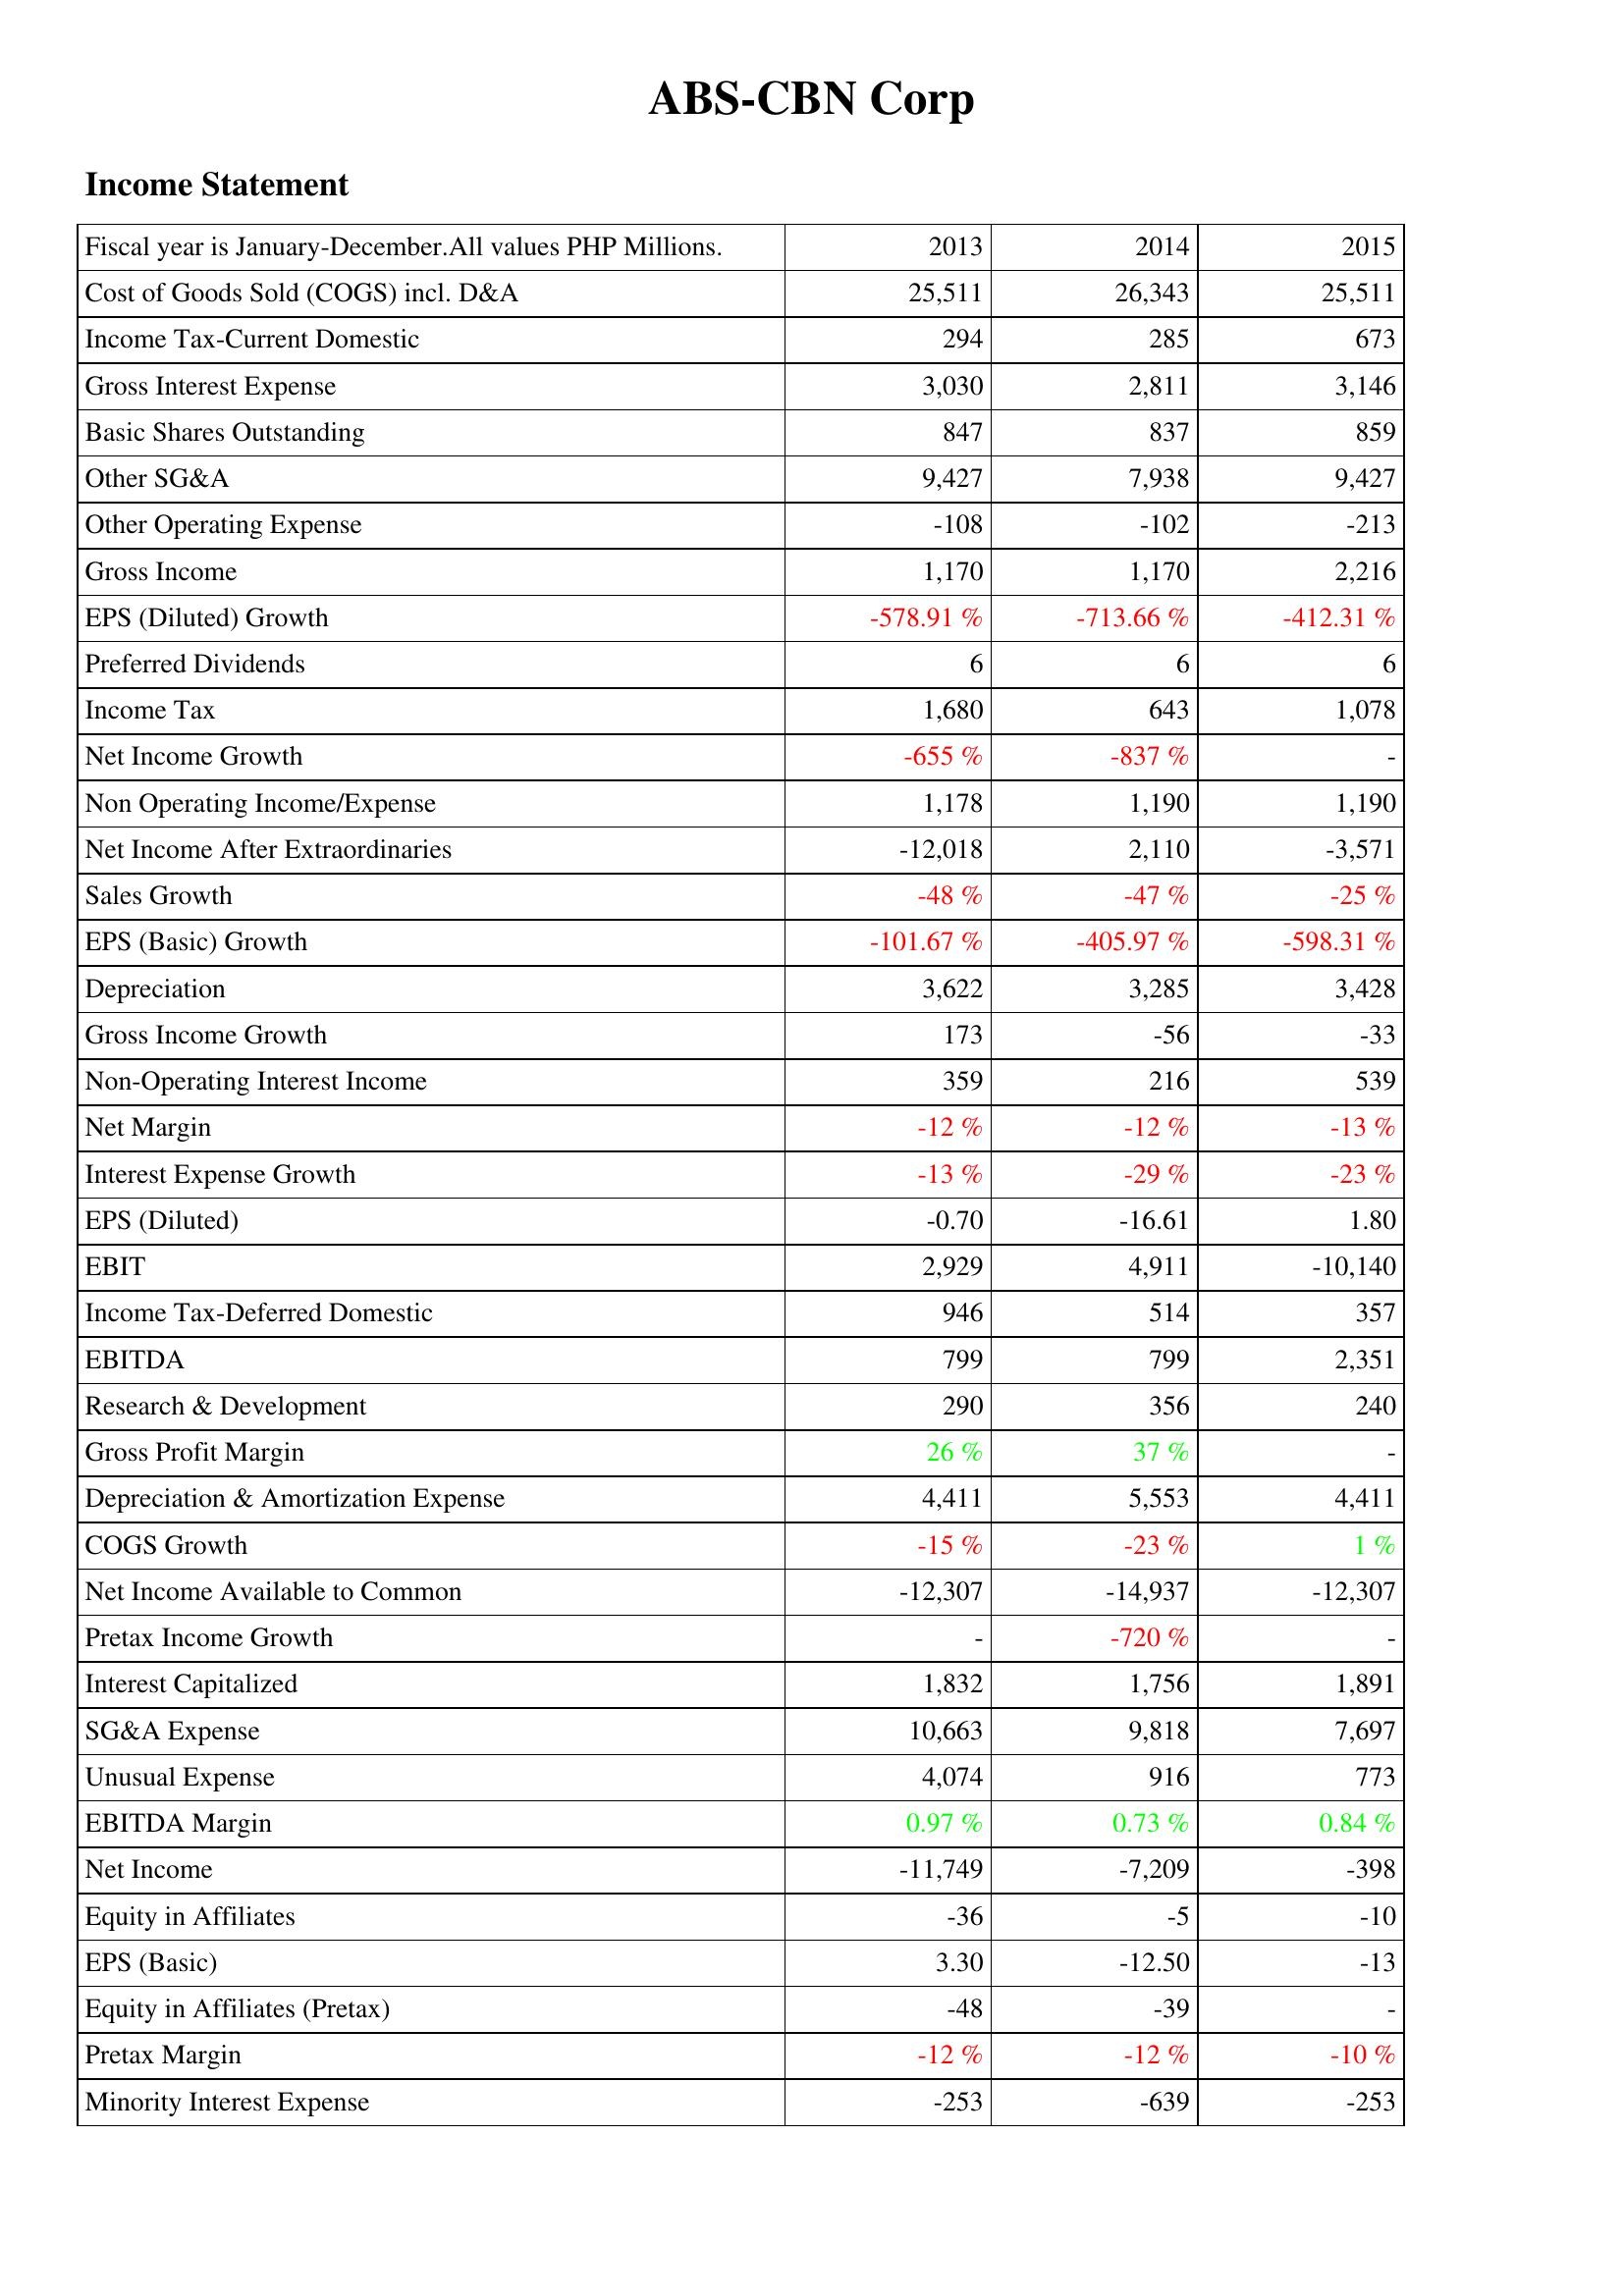
2013: Income Statement: Cost of Goods Sold (COGS) incl. D&A: 25,511
Income Tax-Current Domestic: 294
Gross Interest Expense: 3,030
Basic Shares Outstanding: 847
Other SG&A: 9,427
Other Operating Expense: -108
Gross Income: 1,170
EPS (Diluted) Growth: -578.91 %
Preferred Dividends: 6
Income Tax: 1,680
Net Income Growth: -655 %
Non Operating Income/Expense: 1,178
Net Income After Extraordinaries: -12,018
Sales Growth: -48 %
EPS (Basic) Growth: -101.67 %
Depreciation: 3,622
Gross Income Growth: 173
Non-Operating Interest Income: 359
Net Margin: -12 %
Interest Expense Growth: -13 %
EPS (Diluted): -0.70
EBIT: 2,929
Income Tax-Deferred Domestic: 946
EBITDA: 799
Research & Development: 290
Gross Profit Margin: 26 %
Depreciation & Amortization Expense: 4,411
COGS Growth: -15 %
Net Income Available to Common: -12,307
Pretax Income Growth: -
Interest Capitalized: 1,832
SG&A Expense: 10,663
Unusual Expense: 4,074
EBITDA Margin: 0.97 %
Net Income: -11,749
Equity in Affiliates: -36
EPS (Basic): 3.30
Equity in Affiliates (Pretax): -48
Pretax Margin: -12 %
Minority Interest Expense: -253
2014: Income Statement: Cost of Goods Sold (COGS) incl. D&A: 26,343
Income Tax-Current Domestic: 285
Gross Interest Expense: 2,811
Basic Shares Outstanding: 837
Other SG&A: 7,938
Other Operating Expense: -102
Gross Income: 1,170
EPS (Diluted) Growth: -713.66 %
Preferred Dividends: 6
Income Tax: 643
Net Income Growth: -837 %
Non Operating Income/Expense: 1,190
Net Income After Extraordinaries: 2,110
Sales Growth: -47 %
EPS (Basic) Growth: -405.97 %
Depreciation: 3,285
Gross Income Growth: -56
Non-Operating Interest Income: 216
Net Margin: -12 %
Interest Expense Growth: -29 %
EPS (Diluted): -16.61
EBIT: 4,911
Income Tax-Deferred Domestic: 514
EBITDA: 799
Research & Development: 356
Gross Profit Margin: 37 %
Depreciation & Amortization Expense: 5,553
COGS Growth: -23 %
Net Income Available to Common: -14,937
Pretax Income Growth: -720 %
Interest Capitalized: 1,756
SG&A Expense: 9,818
Unusual Expense: 916
EBITDA Margin: 0.73 %
Net Income: -7,209
Equity in Affiliates: -5
EPS (Basic): -12.50
Equity in Affiliates (Pretax): -39
Pretax Margin: -12 %
Minority Interest Expense: -639
2015: Income Statement: Cost of Goods Sold (COGS) incl. D&A: 25,511
Income Tax-Current Domestic: 673
Gross Interest Expense: 3,146
Basic Shares Outstanding: 859
Other SG&A: 9,427
Other Operating Expense: -213
Gross Income: 2,216
EPS (Diluted) Growth: -412.31 %
Preferred Dividends: 6
Income Tax: 1,078
Net Income Growth: -
Non Operating Income/Expense: 1,190
Net Income After Extraordinaries: -3,571
Sales Growth: -25 %
EPS (Basic) Growth: -598.31 %
Depreciation: 3,428
Gross Income Growth: -33
Non-Operating Interest Income: 539
Net Margin: -13 %
Interest Expense Growth: -23 %
EPS (Diluted): 1.80
EBIT: -10,140
Income Tax-Deferred Domestic: 357
EBITDA: 2,351
Research & Development: 240
Gross Profit Margin: -
Depreciation & Amortization Expense: 4,411
COGS Growth: 1 %
Net Income Available to Common: -12,307
Pretax Income Growth: -
Interest Capitalized: 1,891
SG&A Expense: 7,697
Unusual Expense: 773
EBITDA Margin: 0.84 %
Net Income: -398
Equity in Affiliates: -10
EPS (Basic): -13
Equity in Affiliates (Pretax): -
Pretax Margin: -10 %
Minority Interest Expense: -253